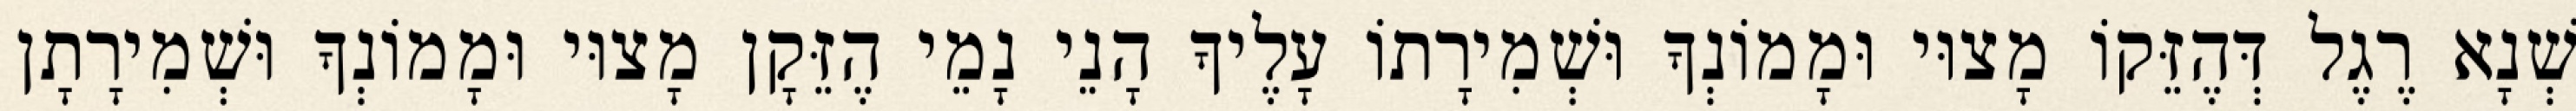
שְׁנָא רֶגֶל דְּהֶזֵּקוֹ מָצוּי וּמָמוֹנְךָ וּשְׁמִירָתוֹ עָלֶיךָ הָנֵי נָמֵי הֶזֵּקָן מָצוּי וּמָמוֹנְךָ וּשְׁמִירָתָן